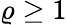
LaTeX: \varrho\ge 1